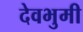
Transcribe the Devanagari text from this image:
देवभुमी